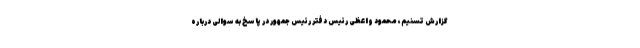
گزارش تسنیم، محمود واعظی رئیس دفتر رئیس جمهور در پاسخ به سوالی درباره